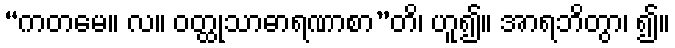
“ကတမေ။ လ။ ဝတ္ထုသာဓာရဏာစာ”တိ၊ ဟူ၍။ အာရဘိတွာ၊ ၍။